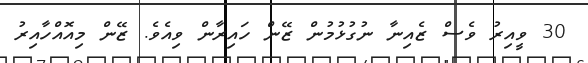
30 ވީއިރު ވެސް ޒެއިނާ ނުގުޅުމުން ޒޭން ހައިރާން ވިއެވެ. ޒޭން މިއޮއްހާއިރު